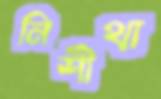
নিশীথা